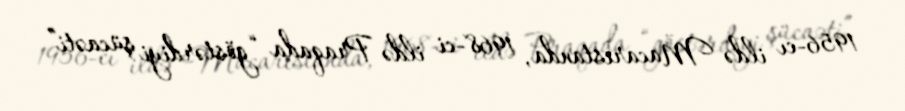
1956-cı ildə Macarıstanda, 1968-ci ildə Praqada “göstərdiyi şücaəti”